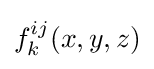
f_{k}^{ij}(x,y,z)